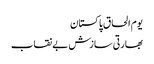
یوم الحاق پاکستان
بھارتی سازش بے نقاب